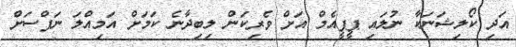
އަދި ކޯލިޝަނަކާ ނުލައި ޕީޕީއެމް އަށް ވެރިކަން ލިބިދާނެ ކަމަށް އަމިއްލަ ނަފްސަށް